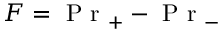
F = \mathrm { ~ P ~ r ~ } _ { + } - \mathrm { ~ P ~ r ~ } _ { - }